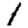
Digit: 1